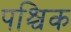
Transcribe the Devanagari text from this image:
पश्चिक